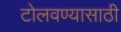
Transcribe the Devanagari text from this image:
टोलवण्यासाठी